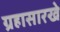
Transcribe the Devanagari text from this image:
ग्रहासारखे